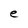
Character: e